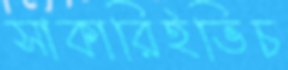
সাকারিইভিচ